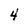
Character: 4